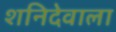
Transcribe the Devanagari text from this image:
शनिदेवाला